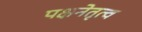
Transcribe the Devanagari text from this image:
पक्षनेतृत्व